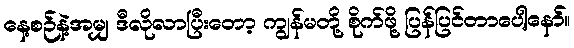
နေ့စဉ်နဲ့အမျှ ဒီလိုလာပြီးတော့ ကျွန်မတို့ စိုက်ဖို့ ပြန်ပြင်တာပေါ့နော်။